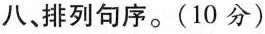
八、排列句序。(10分)